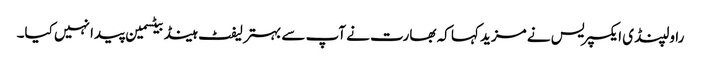
راولپنڈی ایکسپریس نے مزید کہا کہ بھارت نے آپ سے بہتر لیفٹ ہینڈ بیٹسمین پیدا نہیں کیا۔